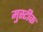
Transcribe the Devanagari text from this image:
मुस्टीक